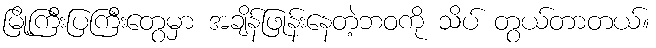
မြို့ကြီးပြကြီးတွေမှာ အချိန်ဖြုန်းနေတဲ့ဘဝကို သိပ် တွယ်တာတယ်။